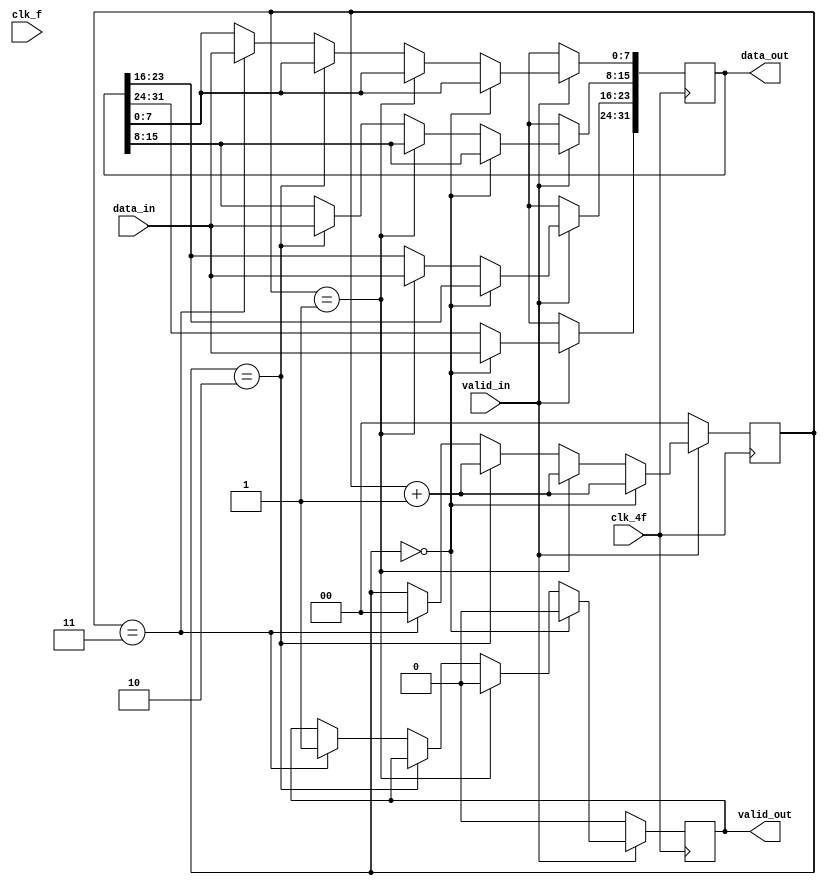
module ochoBit_32Bit ( input wire clk_4f,
                input wire clk_f,
                input wire [7:0] data_in,
                input wire valid_in,
                output reg valid_out,
                output reg [31:0] data_out   
);

reg [1:0]contador;  // contador para mantener 'track' de datos a transmitir

//initial begin
  //  contador = 0;  // Inicializar contador
//end

always @(posedge clk_4f)begin  

    if (valid_in == 1)begin  // si valid_in vale 1, se pasan los datos 
      
     if(contador == 0)begin
        valid_out <= 0; // valid_out en 0, porque no se pueden enviar datos hasta estar llenos
        data_out[31:24] <= data_in [7:0];  // pasar data in de 8b a los 8b MSB de data_out
        contador = contador + 1; 
     end

     else if (contador == 1)begin
         // se baja valid_out hasta que los prximos 32 bits estn completamente llenos
         valid_out <= 0;
         data_out[23:16] <= data_in [7:0];  // pasar siguiente data in a siguientes 8b de data_out
         contador = contador + 1; 
     end

     else if (contador == 2)begin
         data_out[15:8] <= data_in [7:0];  // pasar siguiente data in a siguientes 8b de data_out
         contador = contador + 1; 
     end

     else if (contador == 3)begin
         data_out[7:0] <= data_in [7:0];  // pasar siguiente data in a siguientes 8b de data_out
         contador = 0;  // contador en 0 para pasar los datos al siguiente data_out
         valid_out <= 1; // se llenan 32 bits y valid_out indica que ya se pueden enviar
     end
    end
    else if(valid_in == 0)begin  // si valid_in est en 0 no se pasan datos a data_out
        valid_out <= valid_in;
        data_out <= 32'bXXXXXXXX;
        contador = 0;  // se resetea contador
    end
end
    
endmodule